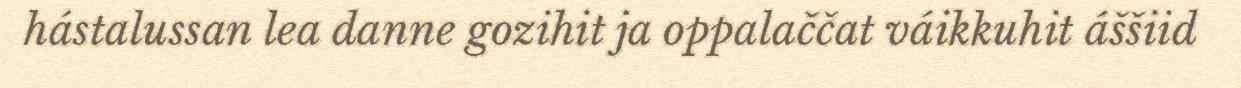
hástalussan lea danne gozihit ja oppalaččat váikkuhit áššiid